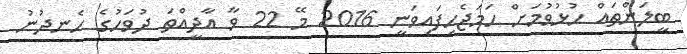
ބީލަންތައް ހުޅުވުމަށް ހަމަޖެހިފައިވަނީ 2016 މޭ 22 ވާ އާދީއްތަ ދުވަހުގެ ހެނދުނު